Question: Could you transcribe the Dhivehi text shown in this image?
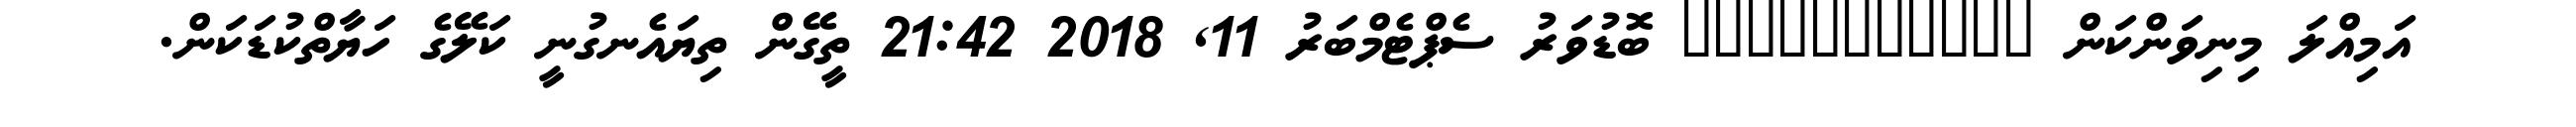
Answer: އަމިއްލަ މިނިވަންކަން ??????????? ބޮޑުވަރު ސެޕްޓެމްބަރު 11, 2018 21:42 ތީގޭން ތިޔައެނގުނީ ކަލޭގެ ހަޔާތްކުޑަކަން.